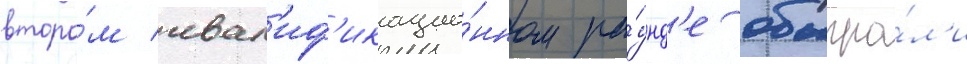
второ́м квал'иф'икацио́нном ра́унд'е обыгра́л'и